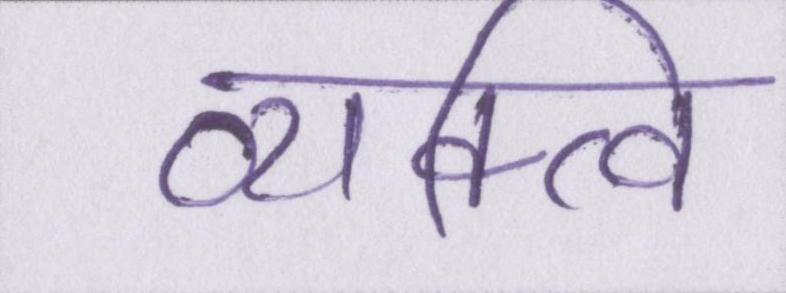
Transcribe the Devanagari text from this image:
व्यक्त्वि